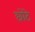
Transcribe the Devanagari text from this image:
छोेटे